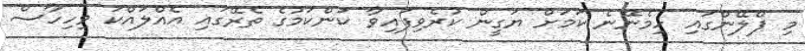
މި ޕްލޭންގައި ހިމެނޭނެ ކަމަށް ޔަގީން ކުރެވިފައިވާ ކަންކަމުގެ ތެރޭގައި އެއްލައްކަ ވިހިހާސް